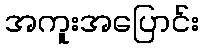
အကူးအပြောင်း